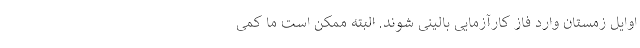
اوایل زمستان وارد فاز کارآزمایی بالینی شوند. البته ممکن است ما کمی